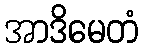
အာဒိမေတံ